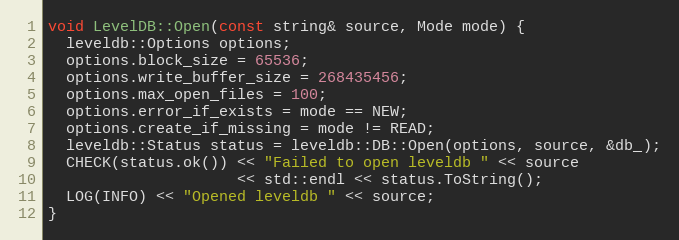
Language: C++
void LevelDB::Open(const string& source, Mode mode) {
  leveldb::Options options;
  options.block_size = 65536;
  options.write_buffer_size = 268435456;
  options.max_open_files = 100;
  options.error_if_exists = mode == NEW;
  options.create_if_missing = mode != READ;
  leveldb::Status status = leveldb::DB::Open(options, source, &db_);
  CHECK(status.ok()) << "Failed to open leveldb " << source
                     << std::endl << status.ToString();
  LOG(INFO) << "Opened leveldb " << source;
}